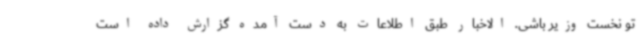
تو نخست وزیر باشی. الاخبار طبق اطلاعات به دست آمده گزارش داده است